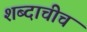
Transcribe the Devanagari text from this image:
शब्दाचीच